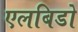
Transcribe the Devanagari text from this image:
एलबिडो